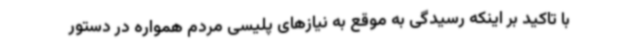
با تاکید بر اینکه رسیدگی به موقع به نیازهای پلیسی مردم همواره در دستور